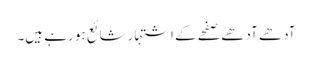
آدھے آدھے صفحے کے اشتہار شائع ہو رہے ہیں۔